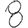
Digit: 8